Medical and sanitary report of the native army of Bengal for the year
Year: 1875
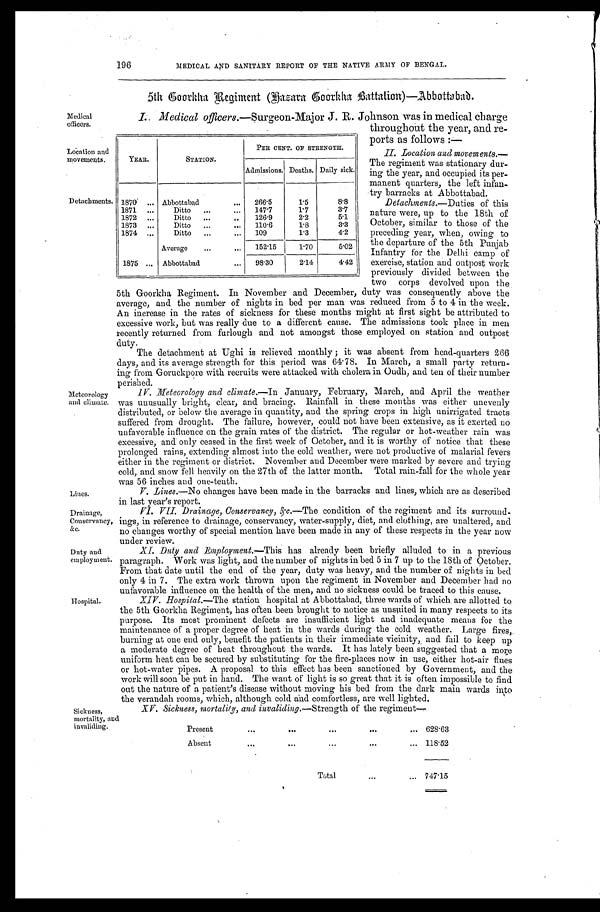
196
MEDICAL AND SANITARY REPORT OF THE NATIVE ARMY OF BENGAL.
5th Goorkha Regiment (Dasara Goorkha Battation)—Abbottabad.
Medical
officers.
Location and
movements.
D e t a c h m e n t s .
Meteorology
and climate.
L i n e s .
Drainage,
Conservancy,
&c.
Duty and
employment.
I. Medical officers. —Surgeon-Major J. R. Johnson was in medical charge
throughout the year, and re
-ports as follows:—
II. Location and movements.
—The regiment was stationary dur
-ing the year, and occupied its per
-manent quarters, the left infan
-try barracks at Abbottabad.
Detachments.—Duties of this
nature were, up to the 18th of
October, similar to those of the
preceding year, when, owing to
the departure of the 5th Punjab
Infantry for the Delhi camp of
exercise, station and outpost work
previously divided between the
two corps devolved upon the
5th Goorkha Regiment. In November and December, duty was consequently above the
average, and the number of nights in bed per man was reduced from 5 to 4 in the week.
An increase in the rates of sickness for these months might at first sight be attributed to
excessive work, but was really due to a different cause. The admissions took place in men
recently returned from furlough and not amongst those employed on station and outpost
duty.
The detachment at Ughi is relieved monthly; it was absent from head-quarters 266
days, and its average strength for this period was 64·78. In March, a small party return
-ing from Goruckpore with recruits were attacked with cholera in Oudh, and ten of their number
perished.
IV. Meteorology and climate. —In January, February, March, and April the weather
was unusually bright, clear, and bracing. Rainfall in these months was either unevenly
distributed, or below the average in quantity, and the spring crops in high unirrigated tracts
suffered from drought. The failure, however, could not have been extensive, as it exerted no
unfavorable influence on the grain rates of the district. The regular or hot-weather rain was
excessive, and only ceased in the first week of October, and it is worthy of notice that these
prolonged rains, extending almost into the cold weather, were not productive of malarial fevers
either in the regiment or district. November and December were marked by severe and trying
cold, and snow fell heavily on the 27th of the latter month. Total rain-fall for the whole year
was 56 inches and one-tenth.
V. Lines. —No changes have been made in the barracks and lines, which are as described
in last year's report.
VI. VII. Drainage, Conservancy, &c. —The condition of the regiment and its surround
-ings, in reference to drainage, conservancy, water-supply, diet, and clothing, are unaltered, and
no changes worthy of special mention have been made in any of these respects in the year now
under review.
XI. Duty and Employment. —This has already been briefly alluded to in a previous
paragraph. Work was light, and the number of nights in bed 5 in 7 up to the 18th of October.
From that date until the end of the year, duty was heavy, and the number of nights in bed
only 4 in 7. The extra work thrown upon the regiment in November and December had no
unfavorable influence on the health of the men, and no sickness could be traced to this cause.
Y E A R .
S T A T I O N .
PER CENT. OF STRENGTH
A d m i s s i o n s .
D e a t h s .
D a i l y s i c k .
1 8 7 0
Abbottabad
266·5
1·5
8·8
1 8 7 1
Ditto 147·7
1·7
3·7
1 8 7 2
Ditto
126·9
2·2
5·1
1 8 7 3
Ditto 110·6
1·8
3·3
1 8 7 4
Ditto 109
1·3
4·2
A v e r a g e 152·15
1·70
5·02
1 8 7 5
Abbottabad 98·30
2·14
4·42
Hospital.
XIV. Hospital. —The station hospital at Abbottabad, three wards of which are allotted to
the 5th Goorkha Regiment, has often been brought to notice as unsuited in many respects to its
purpose. Its most prominent defects are insufficient light and inadequate means for the
maintenance of a proper degree of heat in the wards during the cold weather. Large fires,
burning at one end only, benefit the patients in their immediate vicinity, and fail to keep up
a moderate degree of heat throughout the wards. It has lately been suggested that a more
uniform heat can be secured by substituting for the fire-places now in use, either hot-air flues
or hot-water pipes. A proposal to this effect has been sanctioned by Government, and the
work will soon be put in hand. The want of light is so great that it is often impossible to find
out the nature of a patient's disease without moving his bed from the dark main wards into
the verandah rooms, which, although cold and comfortless, are well lighted.
Sickness,
mortality, and
invaliding.
XV. Sickness, mortality, and invaliding.—Strength of the regiment—
Present
6 2 8 · 6 3
Absent
1 1 8 · 5 2
T o t a l
7 4 7 · 1 5